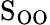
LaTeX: \mathrm{S_{OO}}